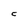
Character: C